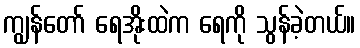
ကျွန်တော် ရေအိုးထဲက ရေကို သွန်ခဲ့တယ်။